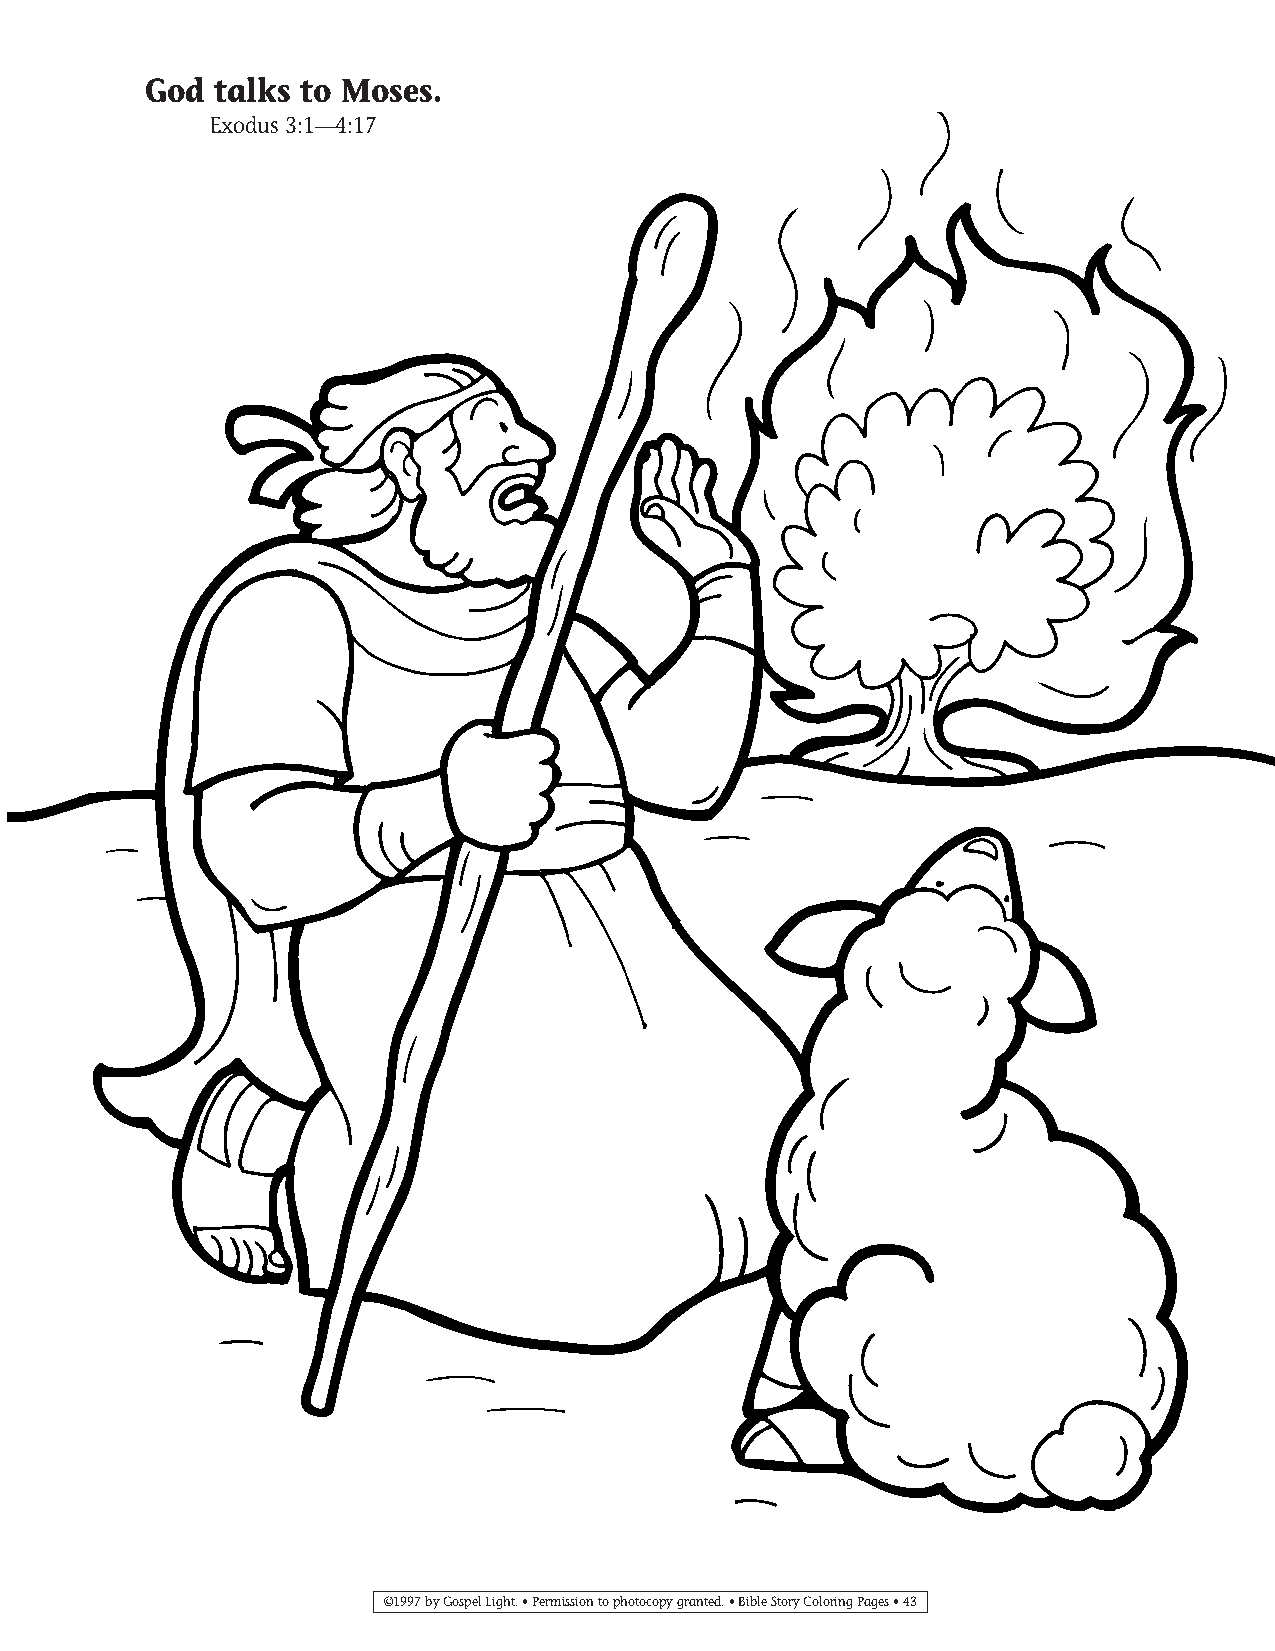
035-64 Coloring pgs_035-64 Coloring pgs 2/19/14 11:45 AM Page 43
 God  talks to Moses.
 Exodus 3:1—4:17
 ©1997 by Gospel Light. • Permission to photocopy granted. • Bible Story Coloring Pages • 43